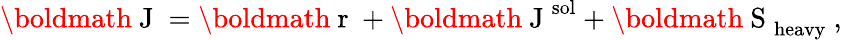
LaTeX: \mathrm{\boldmath~J~}=\mathrm{\boldmath~r~}+\mathrm{\boldmath~J~}^{\mathrm{sol}}+\mathrm{\boldmath~S~}_{\mathrm{heavy}}\ ,